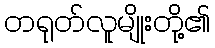
တရုတ်လူမျိုးတို့၏